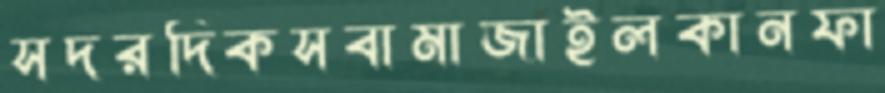
সদরদিকসবামাজাইলকানফা